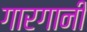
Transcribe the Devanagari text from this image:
गारगानी